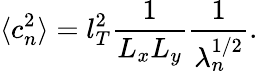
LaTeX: \langle c_{n}^{2}\rangle=l_{T}^{2}\frac{1}{L_{x}L_{y}}\frac{1}{\lambda_{n}^{1/2}}.